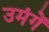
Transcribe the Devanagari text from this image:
उमंगें